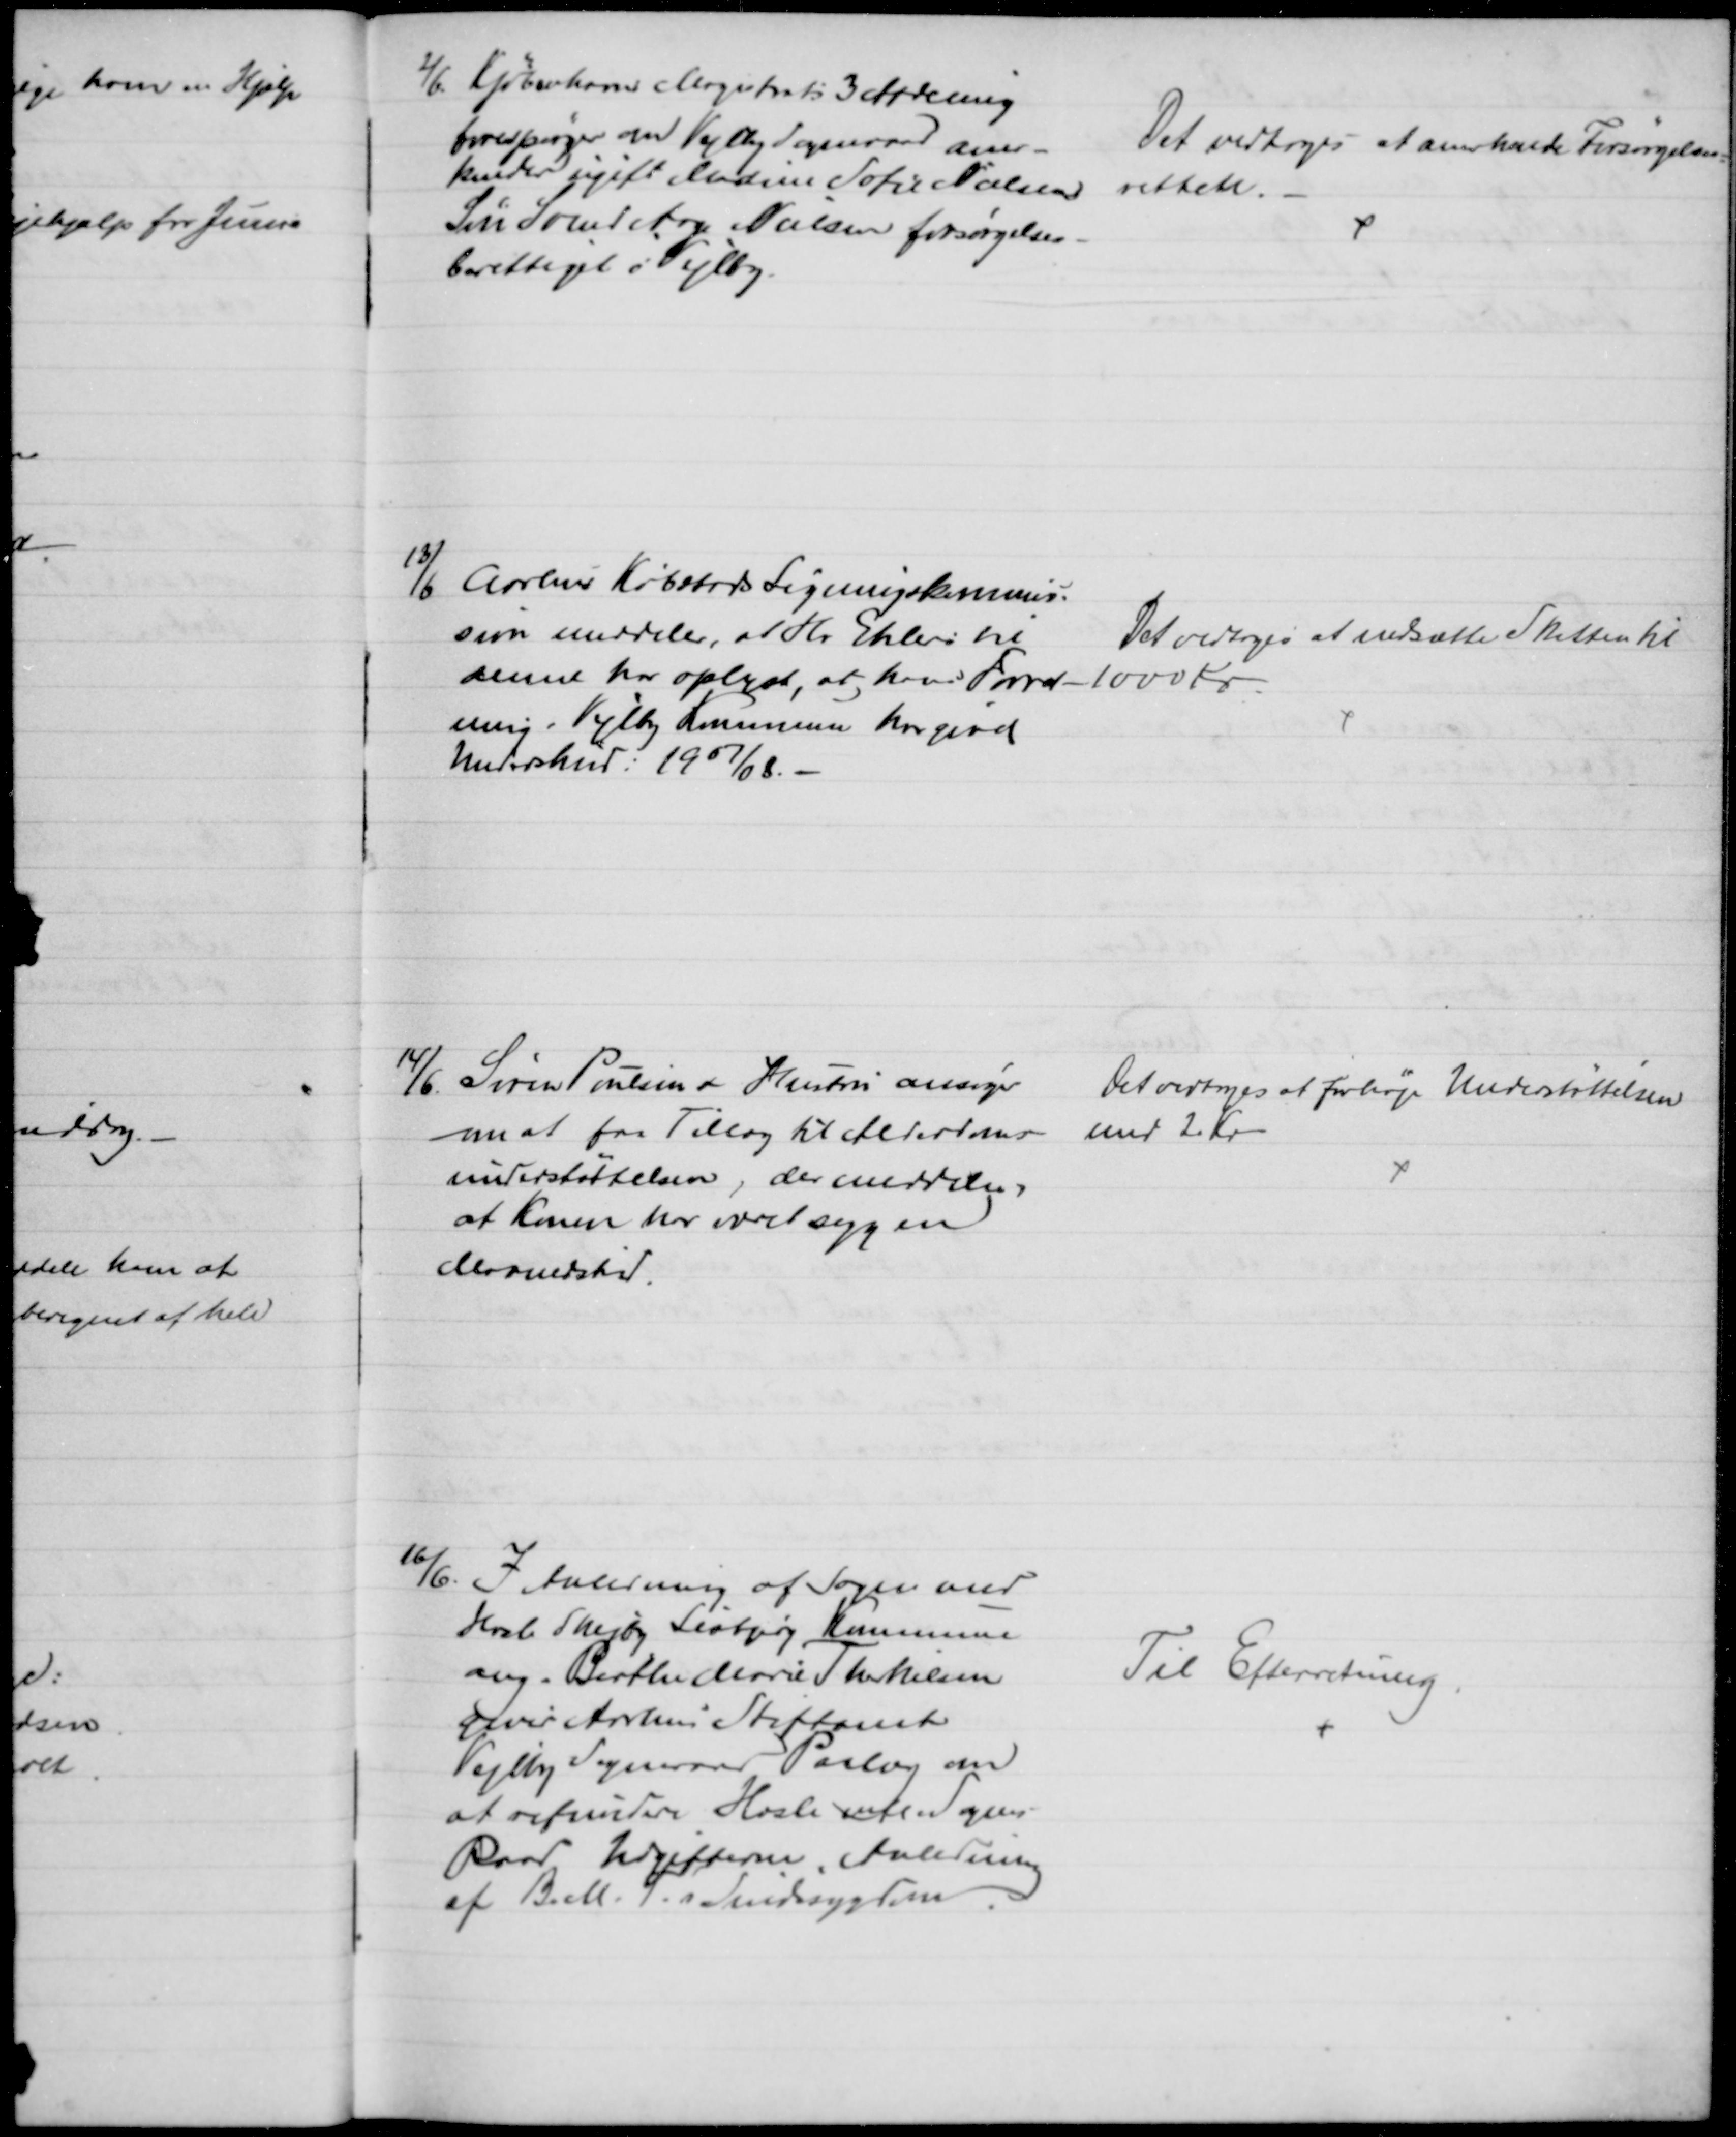
Transskription:
2/6 Kjøbenhavns Magistrats 3 Afdeling
forespørger om Vejlby Sogneraad aner-
kender ugift Madsine Sofie Nielsens
Søn Svend Aage Nielsen forsørgelses-
berettiget i Vejlby.
Det vedtoges at anerkende Forsørgelses-
retten.
13/6 Aarhus Købstads Ligningskommis-
sion meddeler, at Hr Ehlers til
denne har oplyst, at hans Forret-
ning i Vejlby Kommune har givet
Underskud 1907/08.
Det vedtoges at nedsætte Skatten til 
1000 Kr
14/6. Søren Poulsens Hustru ansøger
om at faa Tillæg til Alderdoms-
understøttelsen, der meddeles
at Konen har været syg en
Maanedstid.
Det vedtoges at forhøje Understøttelsen
med 2 Kr
1/6. I Anledning af Sagen med
Hasle Skejby Lisbjerg Kommune
ang. Birthe Marie Therkilsen
giver Aarhus Stiftamt
Vejlby Sogneraad Paalæg om
at refundere Hasle mfl Sogne-
Raad Udgifterne i Anledning
af Birthe T's Sindssygdom
Til Efterretning